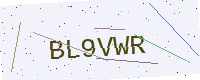
Text: BL9VWR